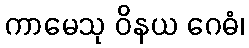
ကာမေသု ဝိနယ ဂေဓံ၊